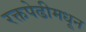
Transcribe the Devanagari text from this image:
रक्तपेढीमधून